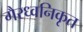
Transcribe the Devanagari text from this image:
गैरध्वनिकृत